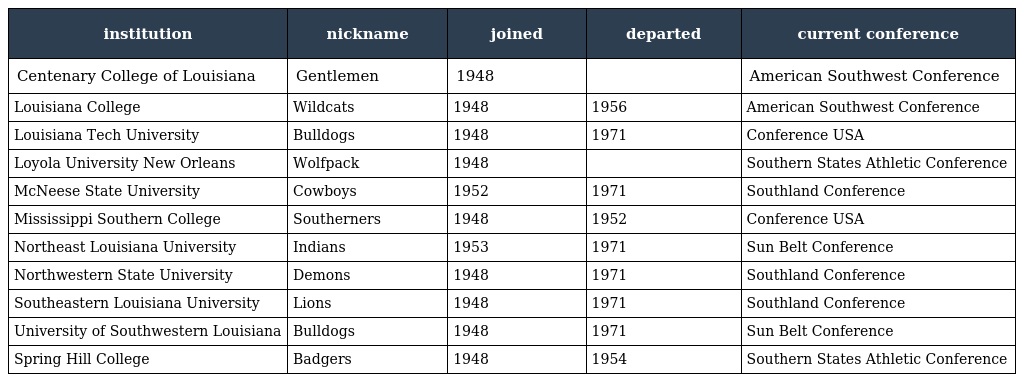
| institution | nickname | joined | departed | current conference |
 | --- | --- | --- | --- | --- |
 | Centenary College of Louisiana | Gentlemen | 1948 |  | American Southwest Conference |
 | Louisiana College | Wildcats | 1948 | 1956 | American Southwest Conference |
 | Louisiana Tech University | Bulldogs | 1948 | 1971 | Conference USA |
 | Loyola University New Orleans | Wolfpack | 1948 |  | Southern States Athletic Conference |
 | McNeese State University | Cowboys | 1952 | 1971 | Southland Conference |
 | Mississippi Southern College | Southerners | 1948 | 1952 | Conference USA |
 | Northeast Louisiana University | Indians | 1953 | 1971 | Sun Belt Conference |
 | Northwestern State University | Demons | 1948 | 1971 | Southland Conference |
 | Southeastern Louisiana University | Lions | 1948 | 1971 | Southland Conference |
 | University of Southwestern Louisiana | Bulldogs | 1948 | 1971 | Sun Belt Conference |
 | Spring Hill College | Badgers | 1948 | 1954 | Southern States Athletic Conference |